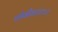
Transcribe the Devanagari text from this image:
चोवीस।।४९।।